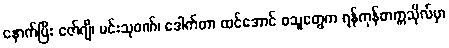
နောက်ပြီး ဇော်ဂျီ၊ မင်းသုဝဏ်၊ ဒေါက်တာ ထင်အောင် စသူတွေက ရန်ကုန်တက္ကသိုလ်မှာ